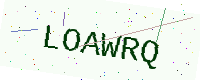
Text: LOAWRQ